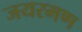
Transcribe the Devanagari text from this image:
जयरमण